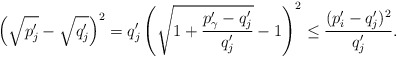
\begin{align*}\left( \sqrt{p'_j} - \sqrt{q'_j}\right)^2 &= q'_j\left( \sqrt{1 + \frac{p'_\gamma - q'_j}{q'_j}} - 1 \right)^2 \leq \frac{(p'_i - q'_j)^2}{q'_j}.\end{align*}